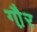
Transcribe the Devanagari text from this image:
गौ़र